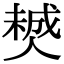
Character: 𠎶